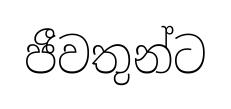
ජීවතුන්ට